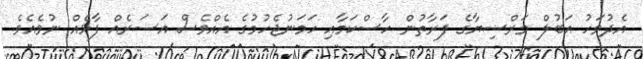
އެދުވަހު އަބުލް މަރްޟިޔާގެ ފަރާތުން ހާސްކަމާއި ހަމަނުޖެހުމުގެ އެއްވެސް އަސަރެއް ފާޅެއް ނުވެއެވެ.